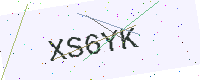
Text: XS6YK